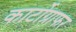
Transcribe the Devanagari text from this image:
कार्टोग्राफर